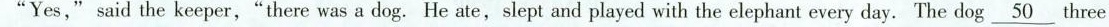
" "Yes," said the keeper,"there was a dog. He ate,slept and played with the elephant every day. The dog \underline{50} three